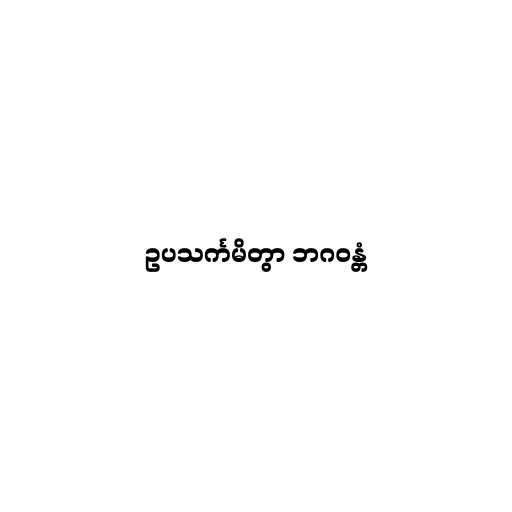
ဥပသင်္ကမိတွာ ဘဂဝန္တံ